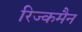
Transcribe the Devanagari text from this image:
रिज्कमैन